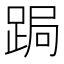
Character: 跼